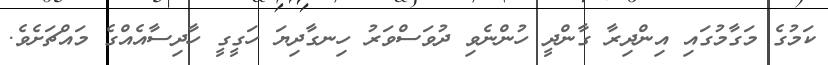
ކަމުގެ މަގާމުގައި އިންދިރާ ގާންދީ ހުންނެވި ދުވަސްވަރު ހިނގާދިޔަ ހަގީގީ ހާދިސާއެއްގެ މައްޗަށެވެ.